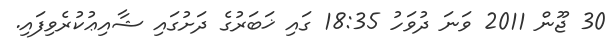
30 ޖޫން 2011 ވަނަ ދުވަހު 18:35 ގައި ޚަބަރުގެ ދަށުގައި ޝާއިޢުކުރެވިފައި.